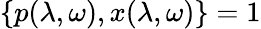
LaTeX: \{ p(\lambda,\omega),x(\lambda,\omega)\} =1